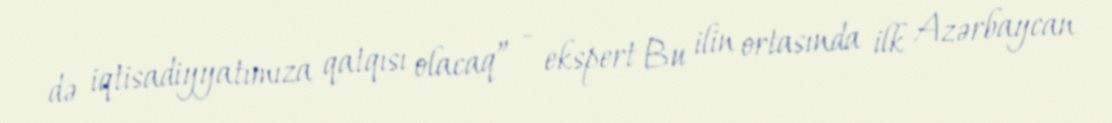
də iqtisadiyyatımıza qatqısı olacaq” - ekspert Bu ilin ortasında ilk Azərbaycan